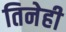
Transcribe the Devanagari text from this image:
तिनेही